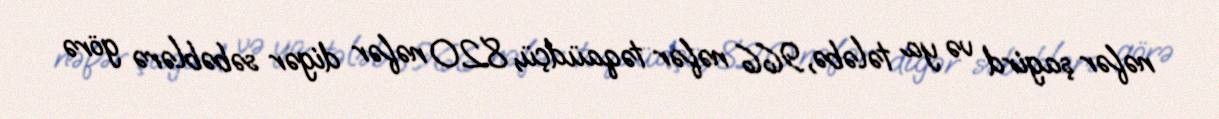
nəfər şagird və ya tələbə, 966 nəfər təqaüdçü, 820 nəfər digər səbəblərə görə